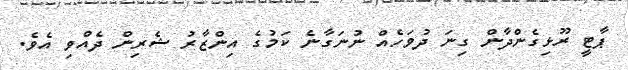
ޕާޓީ ރޫޅިގެންދާން ގިނަ ދުވަހެއް ނުނަގާނެ ކަމުގެ އިންޒާރު ޝެރިން ދެއްވި އެވެ.